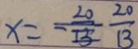
x = \frac { 2 0 } { 1 3 } \frac { 2 0 } { 1 3 }